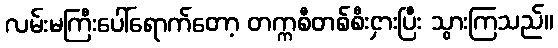
လမ်းမကြီးပေါ်ရောက်တော့ တက္ကစီတစ်စီးငှားပြီး သွားကြသည်။